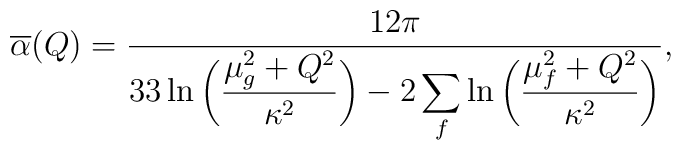
\overline \alpha(Q)       = {12\pi\over \displaystyle       33      \ln{\bigg({\mu^2_g+Q^2\over\kappa^2}\bigg)} -       2\sum_f \ln{\bigg({\mu^2_f      +Q^2\over\kappa^2}\bigg)} },